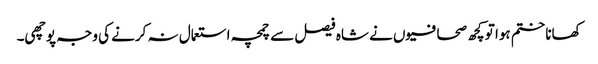
کھانا ختم ہوا تو کچھ صحافیوں نے شاہ فیصل سے چمچہ استعمال نہ کرنے کی وجہ پوچھی۔